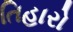
તિહારો